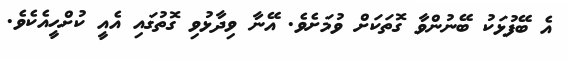
އެ ބޭފުޅަކު ބޭނުންވާ ގޮތަކަށް ވުމަށެވެ. އޭނާ ވިދާޅުވި ގޮތުގައި އެއީ ކުށްހީއެކެވެ.